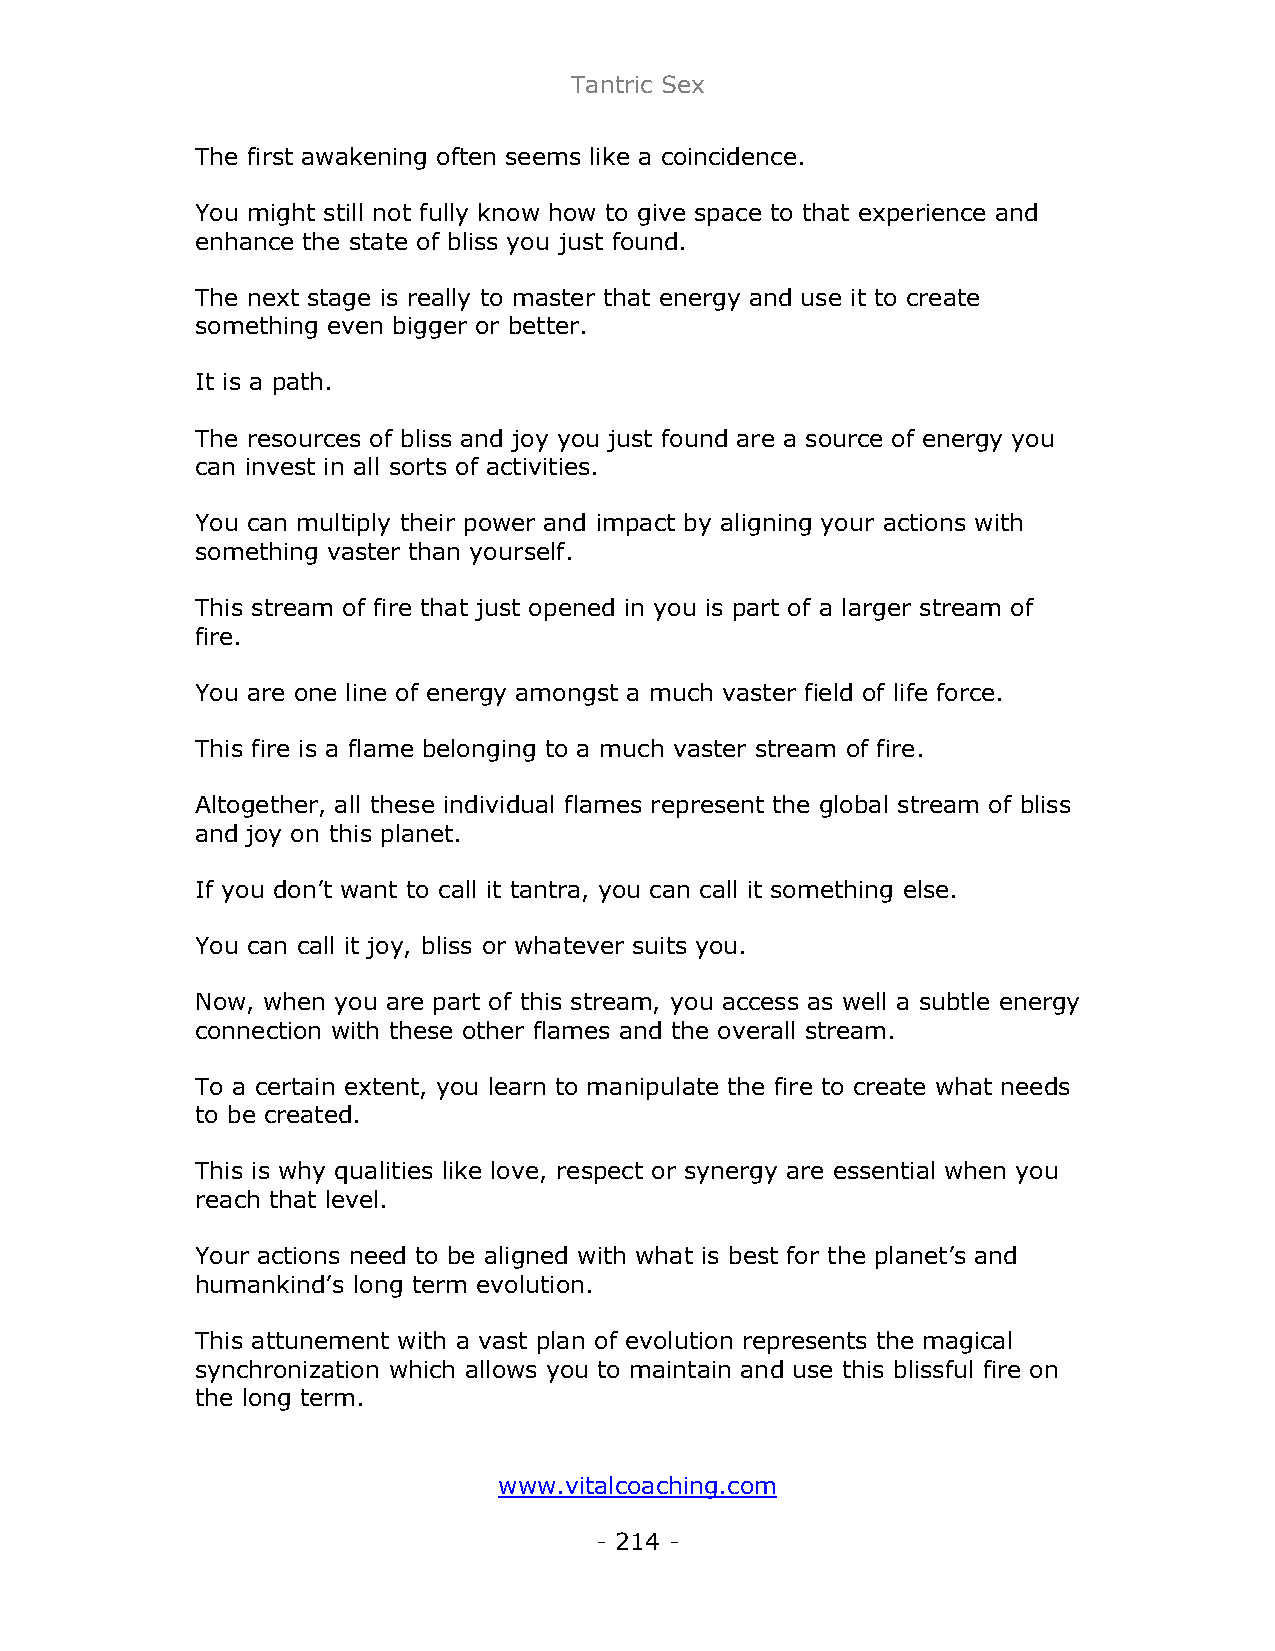
Tantric Sex
 The first awakening often seems like a coincidence.
 You might still not fully know how to give space to that experience and
 enhance the state of bliss you just found.
 The next stage is really to master that energy and use it to create
 something even bigger or better.
 It is a path.
 The resources of bliss and joy you just found are a source of energy you
 can invest in all sorts of activities.
 You can multiply their power and impact by aligning your actions with
 something vaster than yourself.
 This stream of fire that just opened in you is part of a larger stream of
 fire.
 You are one line of energy amongst a much vaster field of life force.
 This fire is a flame belonging to a much vaster stream of fire.
 Altogether, all these individual flames represent the global stream of bliss
 and joy on this planet.
 If you don’t want to call it tantra, you can call it something else.
 You can call it joy, bliss or whatever suits you.
 Now, when you are part of this stream, you access as well a subtle energy
 connection with these other flames and the overall stream.
 To a certain extent, you learn to manipulate the fire to create what needs
 to be created.
 This is why qualities like love, respect or synergy are essential when you
 reach that level.
 Your actions need to be aligned with what is best for the planet’s and
 humankind’s long term evolution.
 This attunement with a vast plan of evolution represents the magical
 synchronization which allows you to maintain and use this blissful fire on
 the long term.
 www.vitalcoaching.com
 - 214 -